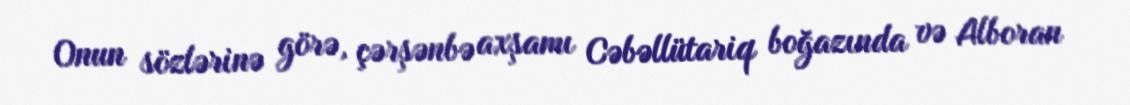
Onun sözlərinə görə, çərşənbə axşamı Cəbəllütariq boğazında və Alboran